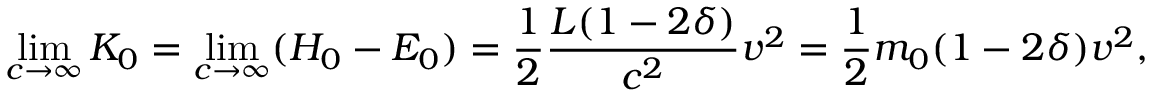
\operatorname* { l i m } _ { c \rightarrow \infty } K _ { 0 } = \operatorname* { l i m } _ { c \rightarrow \infty } ( H _ { 0 } - E _ { 0 } ) = { \frac { 1 } { 2 } } \frac { L { ( 1 - 2 \delta ) } } { c ^ { 2 } } v ^ { 2 } = { \frac { 1 } { 2 } } { m _ { 0 } } { ( 1 - 2 \delta ) } v ^ { 2 } ,